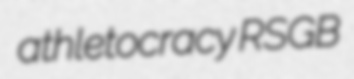
athletocracy RSGB